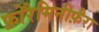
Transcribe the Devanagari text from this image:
फ़ोरैमिनीफ़ैरा